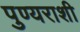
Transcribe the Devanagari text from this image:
पुण्यराशी